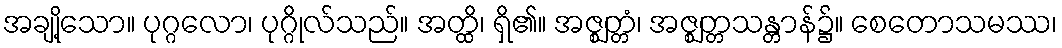
အချို့သော။ ပုဂ္ဂလော၊ ပုဂ္ဂိုလ်သည်။ အတ္ထိ၊ ရှိ၏။ အဇ္ဈတ္တံ၊ အဇ္ဈတ္တသန္တာန်၌။ စေတောသမဿ၊